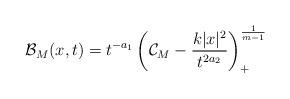
LaTeX: \begin{align*}\mathcal{B}_M(x,t)=t^{-a_1}\left(\mathcal{C}_M-\frac{k|x|^2}{t^{2a_2}}\right)_+^{\frac{1}{m-1}}\end{align*}